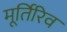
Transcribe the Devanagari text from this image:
मूर्तिरिव